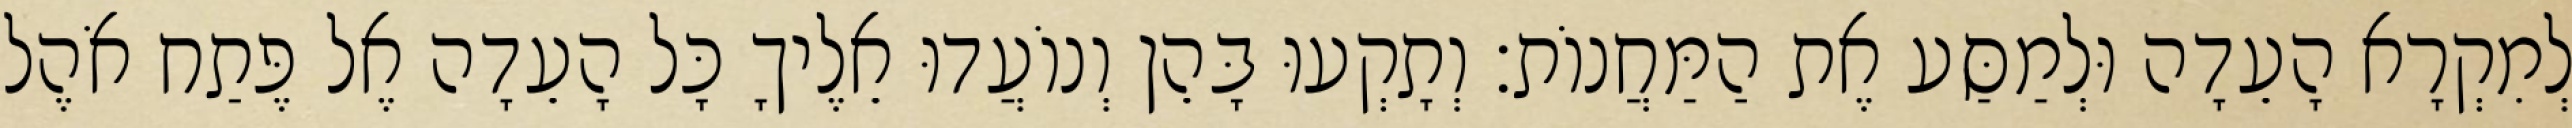
לְמִקְרָא הָעֵדָה וּלְמַסַּע אֶת הַמַּחֲנוֹת׃ וְתָקְעוּ בָּהֵן וְנוֹעֲדוּ אֵלֶיךָ כָּל הָעֵדָה אֶל פֶּתַח אֹהֶל